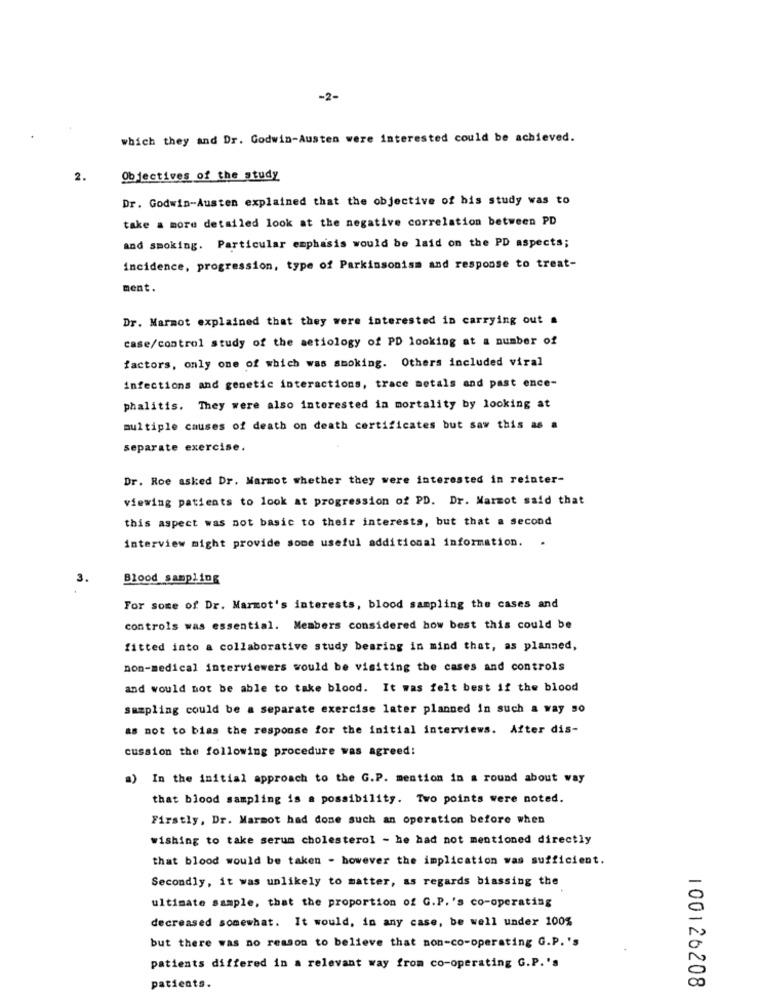
-2-
which they and Dr. Godwin-Austen were interested could be achieved.
2.
Objectives of the study
Dr. Godwin-Austen explained that the objective of his study was to
take a more detailed look at the negative correlation between PD
and smoking. Particular emphasis would be laid on the PD aspects;
incidence, progression, type of Parkinsonism and response to treat-
ment.
Dr. Marmot explained that they were interested in carrying out =
case/control study of the aetiology of PD looking at a number of
factors, only one of which was smoking. Others included viral
infections and genetic interactions, trace metals and past ence-
phalitis. They were also interested in mortality by looking at
multiple causes of death on death certificates but saw this as a
separate exercise.
Dr. Roe asked Dr. Marmot whether they were interested in reinter-
viewing patients to look at progression of PD. Dr. Warmot said that
this aspect was not basic to their interests, but that a second
interview might provide some useful additional information.
Blood sampling
For some of Dr. Marmot's interests, blood sampling the cases and
controls was essential. Members considered how best this could be
fitted into a collaborative study bearing in mind that, as planned,
non-medical interviewers would be visiting the cases and controls
and would not be able to take blood. It was felt best if the blood
sampling could be a separate exercise later planned in such a way so
as not to bias the response for the initial interviews. After dis-
cussion the following procedure was agreed:
In the initial approach to the G.P. mention in a round about way
that blood sampling is a possibility. Two points were noted.
Firstly, Dr. Marmot had done such an operation before when
wishing to take serum cholesterol - he had not mentioned directly
that blood would be taken - however the implication was sufficient.
Secondly, it was unlikely to matter, as regards biassing the
ultimate sample, that the proportion of G.P. 's co-operating
decreased somewhat. It would, in any case, be well under 100%
but there was no reason to believe that non-co-operating G.P.'s
patients differed in a relevant way from co-operating G.P.'s
100126208
patients.